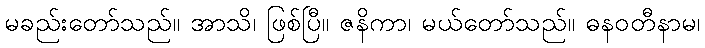
မခည်းတော်သည်။ အာသိ၊ ဖြစ်ပြီ။ ဇနိကာ၊ မယ်တော်သည်။ ဓနဝတီနာမ၊